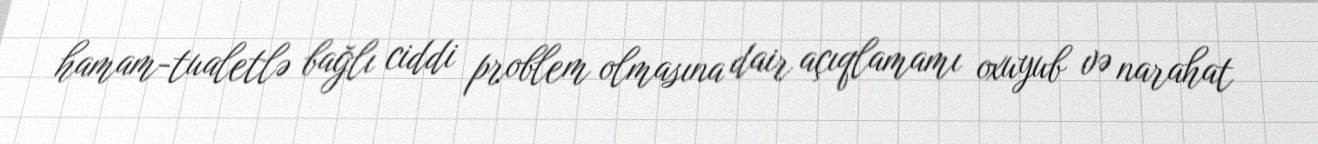
hamam-tualetlə bağlı ciddi problem olmasına dair açıqlamamı oxuyub və narahat